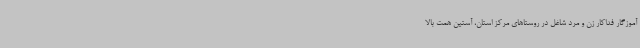
آموزگار فداکار زن و مرد شاغل در روستاهای مرکز استان، آستین همت بالا